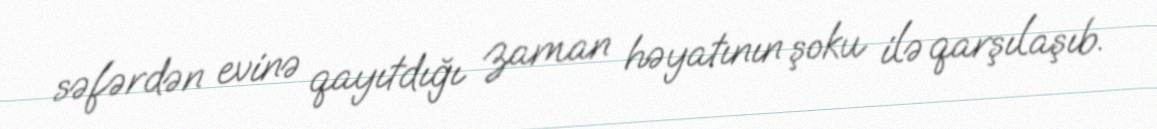
səfərdən evinə qayıtdığı zaman həyatının şoku ilə qarşılaşıb.